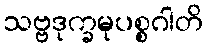
သဗ္ဗဒုက္ခမုပစ္စဂါတိ